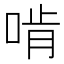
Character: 啃